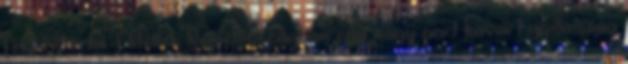
férfit Berlin. Elítélték Németországban egy nagy port kavart gyilkosság